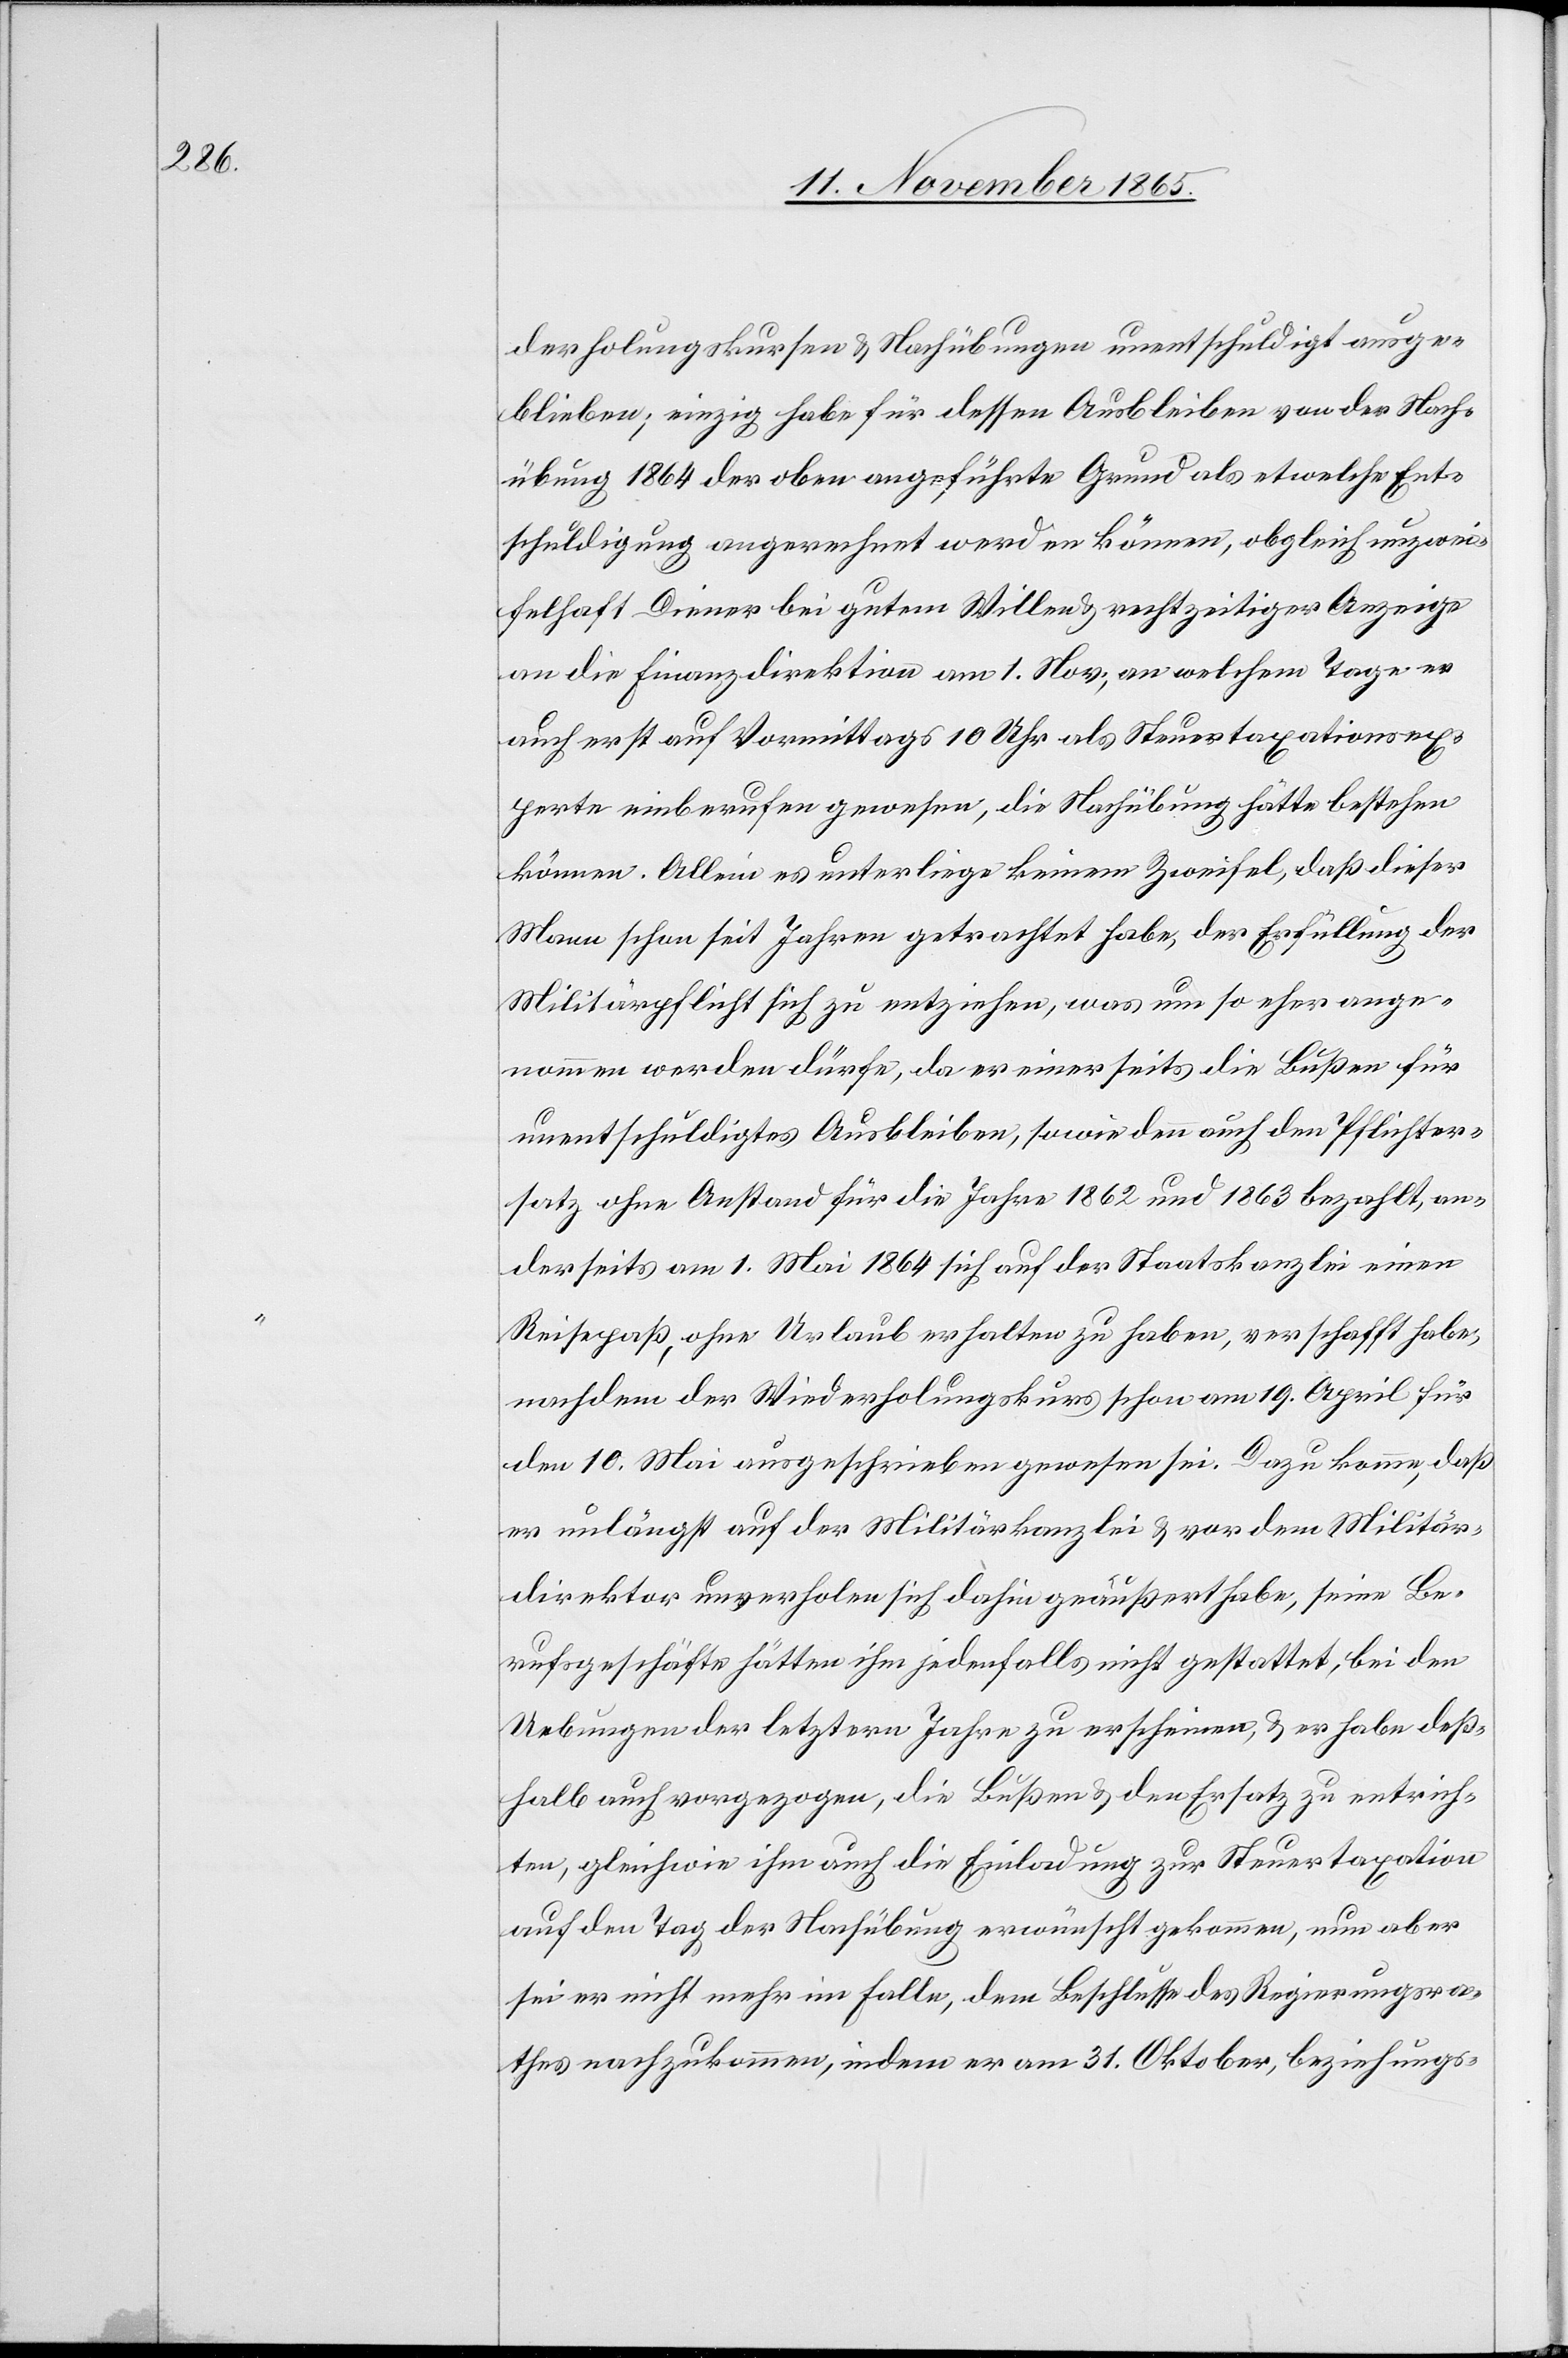
derholungskursen & Nachübungen unentschuldigt ausge¬
blieben; einzig habe für dessen Ausbleiben von der Nach¬
übung 1864 der oben angeführte Grund als etwelche Ent¬
schuldigung angerechnet werden können, obgleich unzwei¬
felhaft Diener bei gutem Willen & rechtzeitiger Anzeige
an die Finanzdirektion am 1. Nov., an welchem Tage er
auch erst auf Vormittags 10 Uhr als Steuertaxationsex¬
perte einberufen gewesen, die Nachübung hätte bestehen
können. Allein es unterliege keinem Zweifel, daß dieser
Mann schon seit Jahren getrachtet habe, der Erfüllung der
Militärpflicht sich zu entziehen, was um so eher ange¬
nommen werden dürfe, da er einerseits die Bußen für
unentschuldigtes Ausbleiben, sowie denn auch den Pflichter¬
satz ohne Anstand für die Jahre 1862 und 1863 bezahlt, an¬
derseits am 1. Mai 1864 sich auf der Staatskanzlei einen
Reisepaß, ohne Urlaub erhalten zu haben, verschafft habe,
nachdem der Wiederholungskurs schon am 19. April für
den 10. Mai ausgeschrieben gewesen sei. Dazu komme, daß
er unlängst auf der Militärkanzlei & vor dem Militär¬
direktor unverholen sich dahin geäußert habe, seine Be¬
rufsgeschäfte hätten ihm jedenfalls nicht gestattet, bei den
Uebungen der letztern [sic!] Jahre zu erscheinen, & er habe deß¬
halb auch vorgezogen, die Bußen & den Ersatz zu entrich¬
ten, gleichwie ihm auch die Einladung zur Steuertaxation
auf den Tag der Nachübung erwünscht gekommen, nun aber
sei er nicht mehr im Falle, dem Beschlusse des Regierungsra¬
thes nachzukommen, indem er am 31. Oktober, beziehungs-